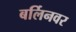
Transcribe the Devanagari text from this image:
बर्लिनवर